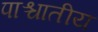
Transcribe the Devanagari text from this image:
पाश्चातीय